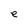
Character: e